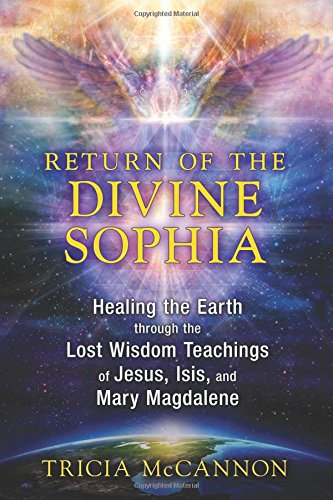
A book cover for Return of the Divine Sophia: Healing the Earth through the Lost Wisdom Teachings of Jesus, Isis, and Mary Magdalene; Tricia McCannon; Religion & Spirituality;